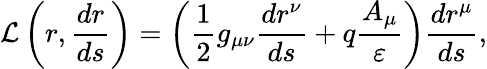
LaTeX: \mathcal{L}\left(r,\frac{dr}{ds}\right)=\left(\frac{1}{2}g_{\mu\nu}\frac{dr^{\nu}}{ds}+q\frac{A_{\mu}}{\varepsilon}\right)\frac{dr^{\mu}}{ds},